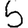
Digit: 5